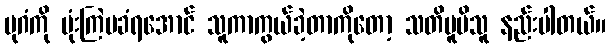
ပုဂံကို ဗုံးကြဲမခံရအောင် သူကာကွယ်ခဲ့တာကိုတော့ သတိမူမိသူ နည်းပါတယ်။